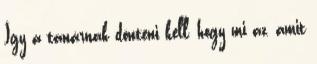
Így a tanárnak dönteni kell, hogy mi az, amit